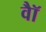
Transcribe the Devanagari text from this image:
वॉै